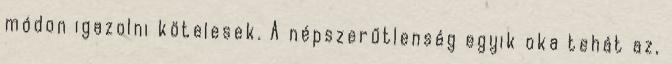
módon igazolni kötelesek. A népszerűtlenség egyik oka tehát az,